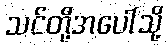
သင်တို့အပေါ်သို့